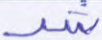
شر